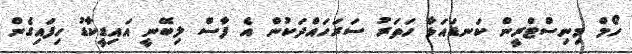
ހޯމް މިނިސްޓްރީން ކަނޑައަޅާ ހަތަރު ސަރަހައްދަކުން އެ ފާސް ލިބޭނީ އައިޑީކާޑު ހިފައިގެން